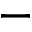
-